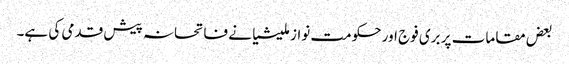
بعض مقامات پر بری فوج اور حکومت نواز ملیشیا نے فاتحانہ پیش قدمی کی ہے۔